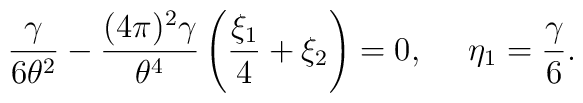
\frac{\gamma}{6\theta^2}- \frac{(4\pi)^2\gamma}{\theta^4} \left(\frac{\xi_1}{4}+ \xi_2 \right) =0, \ \ \ \ \eta_1=\frac{\gamma}{6}.